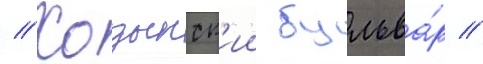
// Ходынск'ии бульва́р //